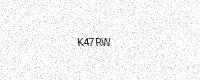
Text: K47RW